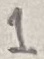
Text: 1